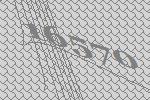
16570